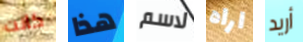
كانت هذا لاسم اراه أريد